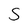
Character: S